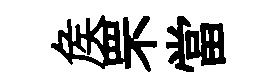
矦罘當